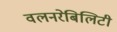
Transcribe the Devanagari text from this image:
वलनरेबिलिटी